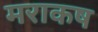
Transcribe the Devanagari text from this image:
मराकष